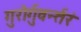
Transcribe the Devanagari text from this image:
गुरोर्गुवर्न्तरं